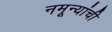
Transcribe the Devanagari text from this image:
नमून्यांची